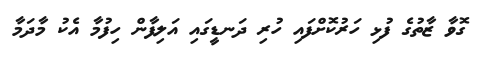
ގޮވާ ޒާތުގެ ފުޅި ހަރުކޮށްފައި ހުރި ދަނޑީގައި އަލިފާން ހިފުމާ އެކު މާދަމާ